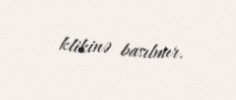
klikinə basılmır.